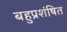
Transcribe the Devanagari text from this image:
बहुप्रशंषित